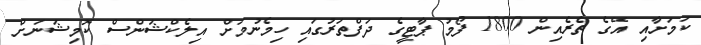
ކަމަށާއި އޭގެ ތެރެއިން 1800 ފޯމު ޕާޓީގެ ދަފްތަރުގައި ހިމެނުމަށް އިލެކްޝަންސް ކޮމިޝަނަށް